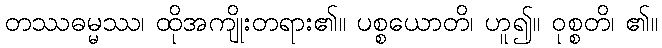
တဿဓမ္မဿ၊ ထိုအကျိုးတရား၏။ ပစ္စယောတိ၊ ဟူ၍။ ဝုစ္စတိ၊ ၏။